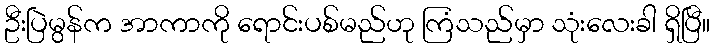
ဦးပြဲမွန်က အာကာကို ရောင်းပစ်မည်ဟု ကြံသည်မှာ သုံးလေးခါ ရှိပြီ။